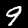
Label: 9